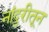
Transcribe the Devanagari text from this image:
नांदुरीतून